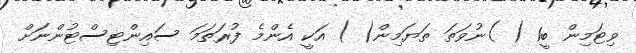
ވިޓަމިން ބީ1 ( )ނުވަތަ ތަޔަމިން( ) އަކީ އެންމެ ފުރަތަމަ ސައިންޓިސްޓުންނަށް